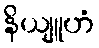
နိယျူဟံ